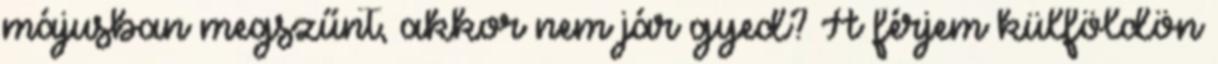
májusban megszűnt, akkor nem jár gyed? A férjem külföldön